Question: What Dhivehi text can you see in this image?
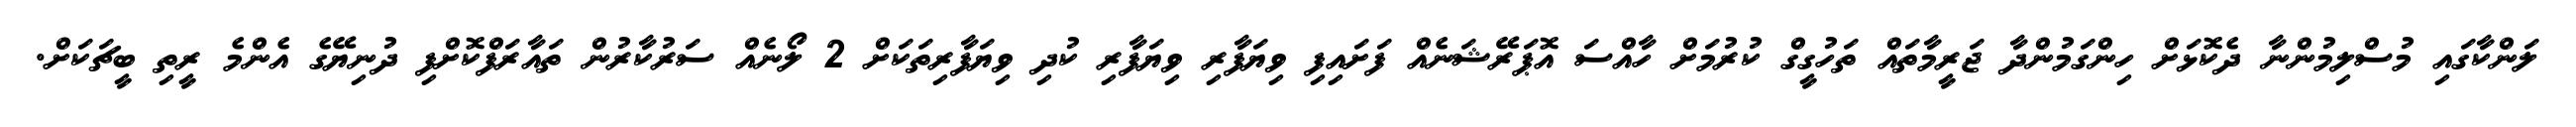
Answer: ލަންކާގައި މުސްލިމުންނާ ދެކޮޅަށް ހިންގަމުންދާ ޖަރީމާތައް ތަހުގީގް ކުރުމަށް ހާއްސަ އޮޕަރޭޝަނެއް ފަށައިފި ވިޔަފާރި ވިޔަފާރި ކުދި ވިޔަފާރިތަކަށް 2 ލޯނެއް ސަރުކާރުން ތައާރަފްކޮށްފި ދުނިޔޭގެ އެންމެ ރީތި ބީޗަކަށް.